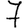
Digit: 7